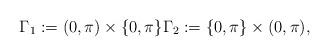
LaTeX: \begin{align*}\Gamma_{1} := (0, \pi) \times \{0, \pi\} \Gamma_{2} := \{0, \pi\} \times (0, \pi),\end{align*}